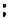
: